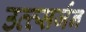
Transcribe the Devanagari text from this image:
उत्त्सर्जन